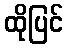
ထိုပြင်